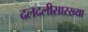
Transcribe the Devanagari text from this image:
दलदलीसारख्या